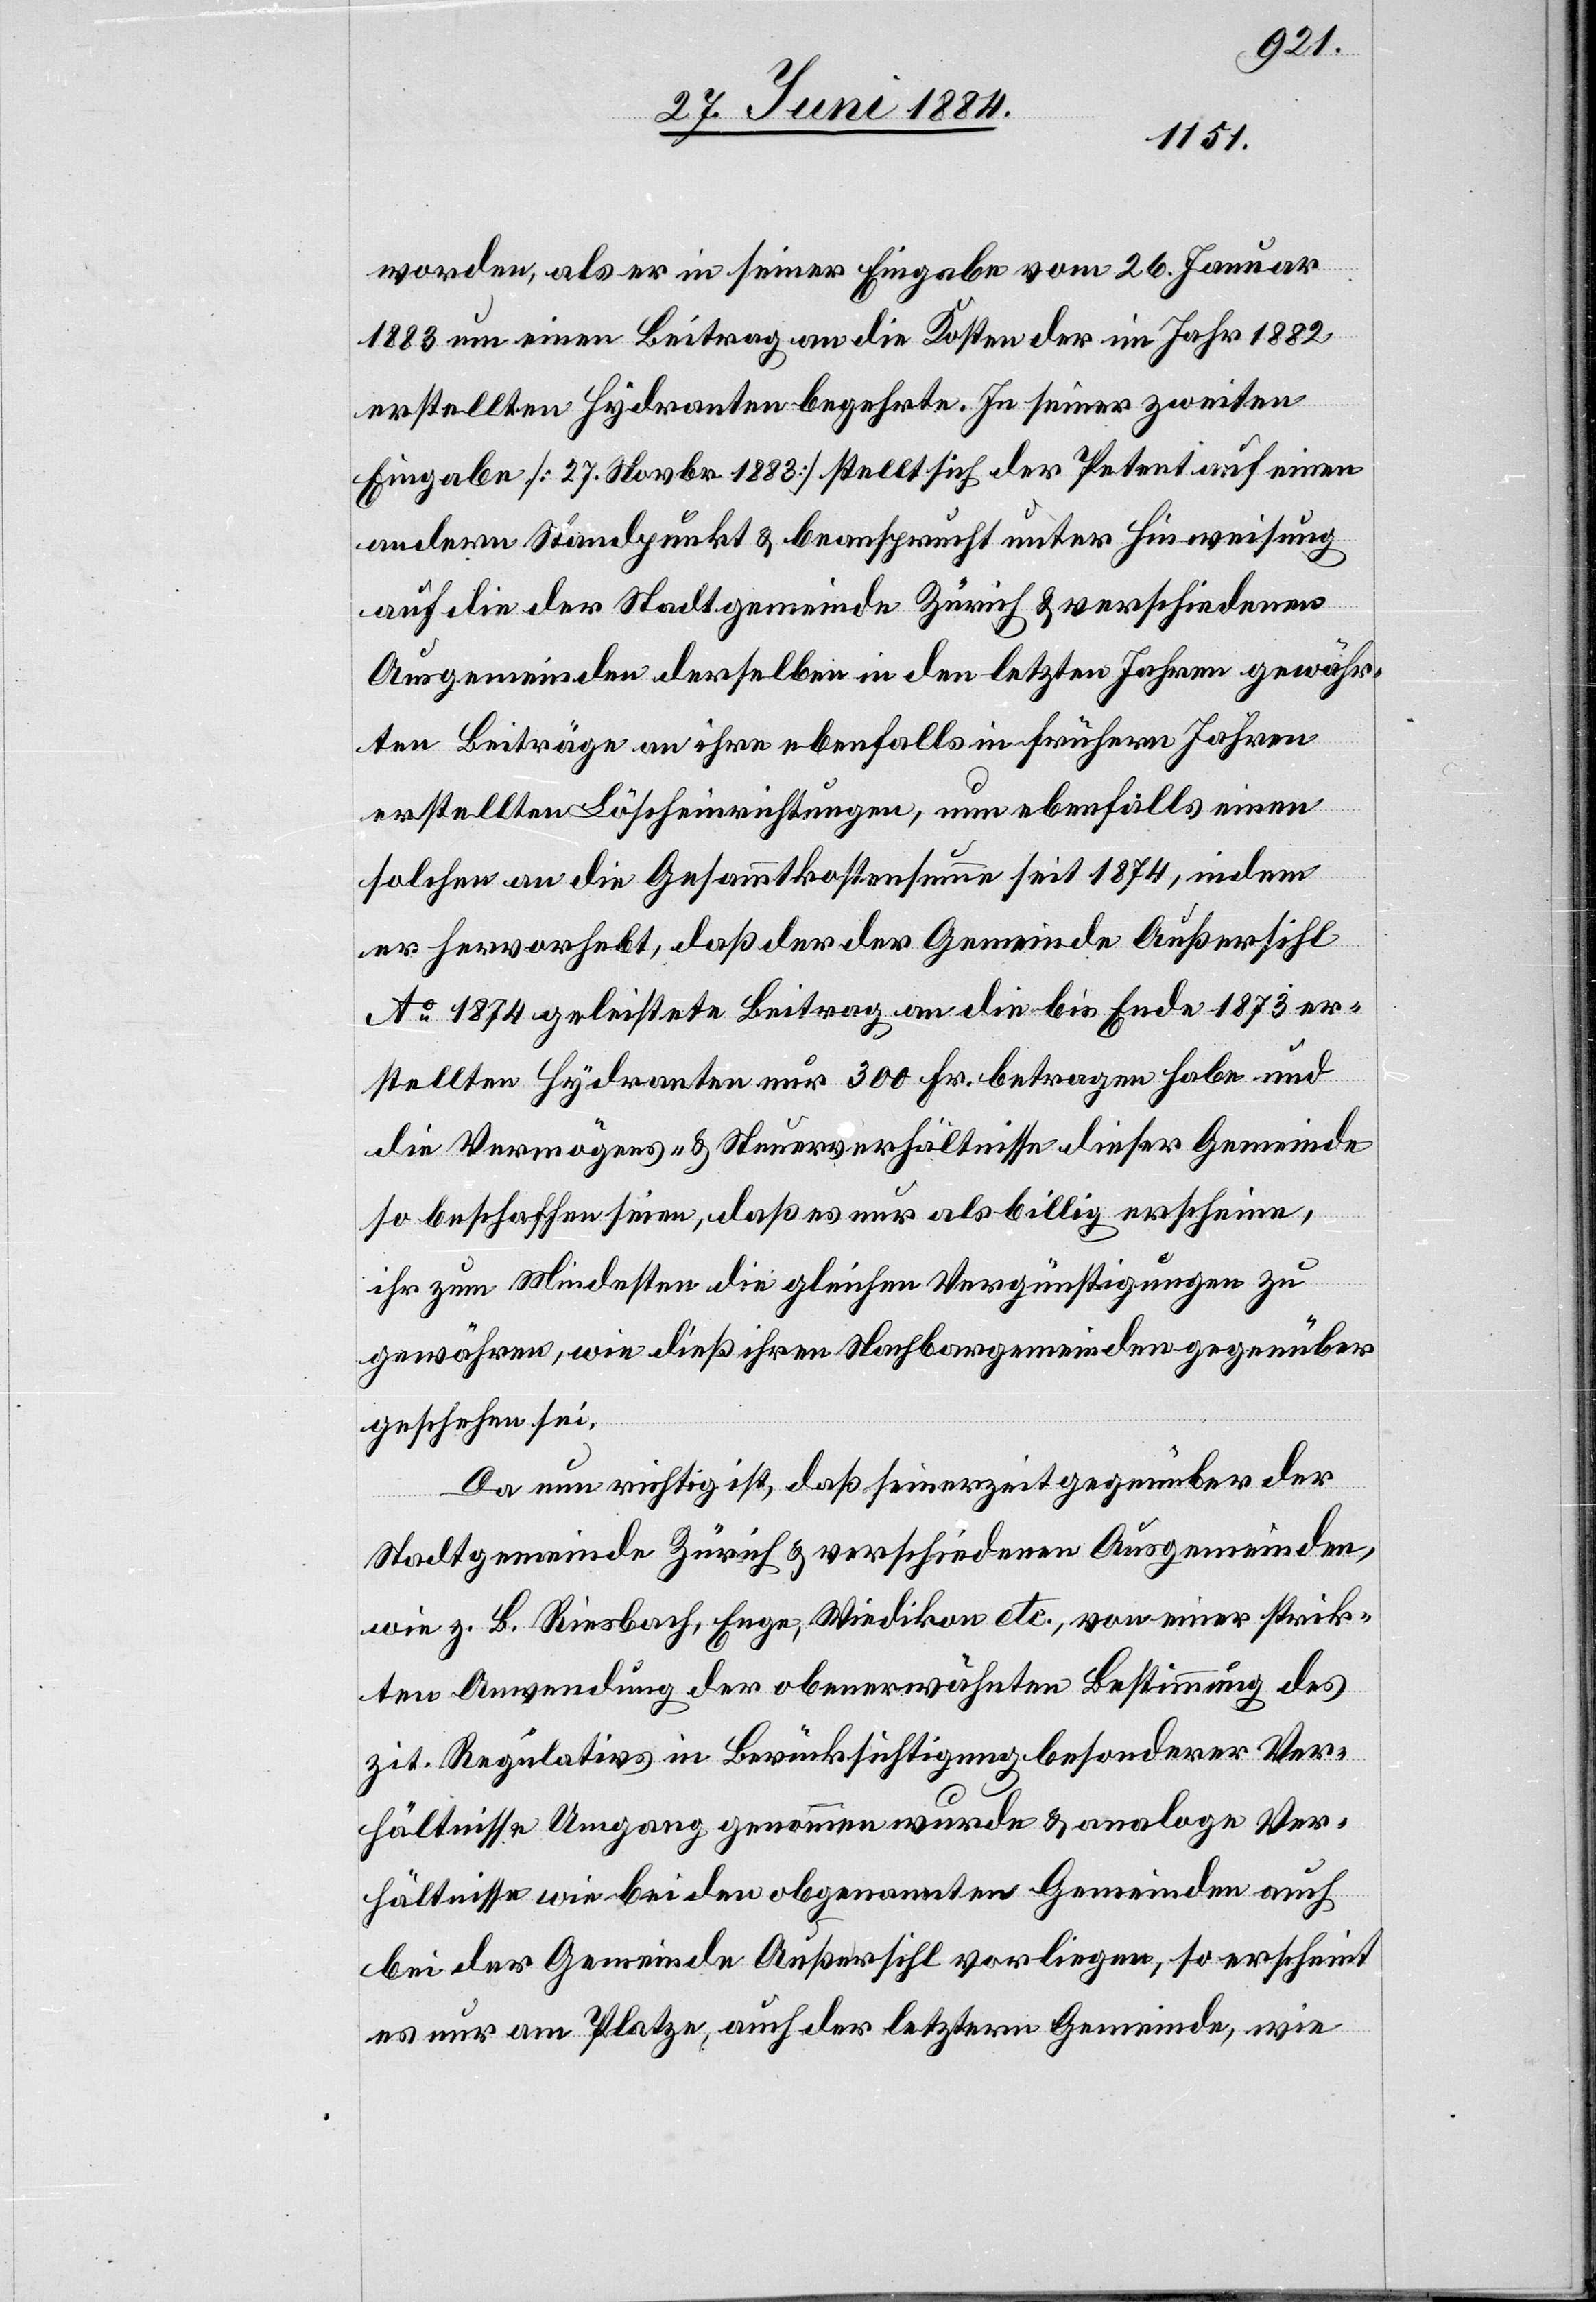
worden, als er in seiner Eingabe vom 26. Januar
1883 um einen Beitrag an die Kosten der im Jahr 1882
erstellten Hydranten begehrte. In seiner zweiten
Eingabe [27. Novbr. 1883] stellt sich der Petent auf einen
andern Standpunkt & beansprucht unter Hinweisung
auf die der Stadtgemeinde Zürich & verschiedenen
Ausgemeinden derselben in den letzten Jahren gewähr¬
ten Beiträge an ihre ebenfalls in frühern Jahren
erstellten Löscheinrichtungen, um ebenfalls einen
solchen an die Gesammtkostensumme seit 1874, indem
er hervorhebt, daß der der Gemeinde Außersihl
Ao 1874 geleistete Beitrag an die bis Ende 1873 er¬
stellten Hydranten nur 300 Fr. betragen habe und
die Vermögens- & Steuerverhältnisse dieser Gemeinde
so beschaffen seien, daß es nur als billig erscheine,
ihr zum Mindesten die gleichen Vergünstigungen zu
gewähren, wie dieß ihren Nachbargemeinden gegenüber
geschehen sei.
Da nun richtig ist, daß seinerzeit gegenüber der
Stadtgemeinde Zürich & verschiedenen Ausgemeinden,
wie z. B. Riesbach, Enge, Wiedikon etc., von einer strik¬
ten Anwendung der obenerwähnten Bestimmung des
zit. Regulativs in Berücksichtigung besonderer Ver¬
hältnisse Umgang genommen wurde & analoge Ver¬
hältnisse wie bei den obgenannten Gemeinden auch
bei der Gemeinde Außersihl vorliegen, so erscheint
es nur am Platze, auch der letztern Gemeinde, wie